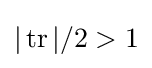
|\operatorname {tr} |/2>1